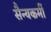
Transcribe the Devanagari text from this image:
सैन्यकर्मी